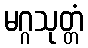
မဂ္ဂသုတ္တံ